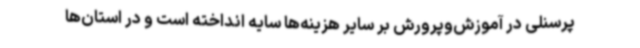
پرسنلی در آموزش‌وپرورش بر سایر هزینه‌ها سایه انداخته است و در استان‌ها